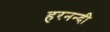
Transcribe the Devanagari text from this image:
हरनन्दी